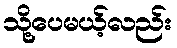
သို့ပေမယ့်လည်း